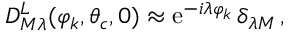
D _ { M \lambda } ^ { L } ( \varphi _ { k } , \theta _ { c } , 0 ) \approx \mathrm { e } ^ { - i \lambda \varphi _ { k } } \, \delta _ { \lambda M } \, ,